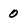
Character: 0